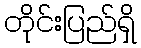
တိုင်းပြည်ရှိ